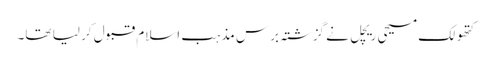
کتھولک مسیحی ریچل نے گزشتہ برس مذہب اسلام قبول کر لیا تھا۔